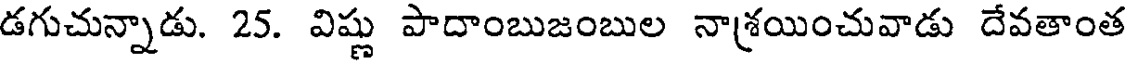
డగుచున్నాడు. 25. విష్ణు పాదాంబుజంబుల నాశ్రయించువాడు దేవతాంత